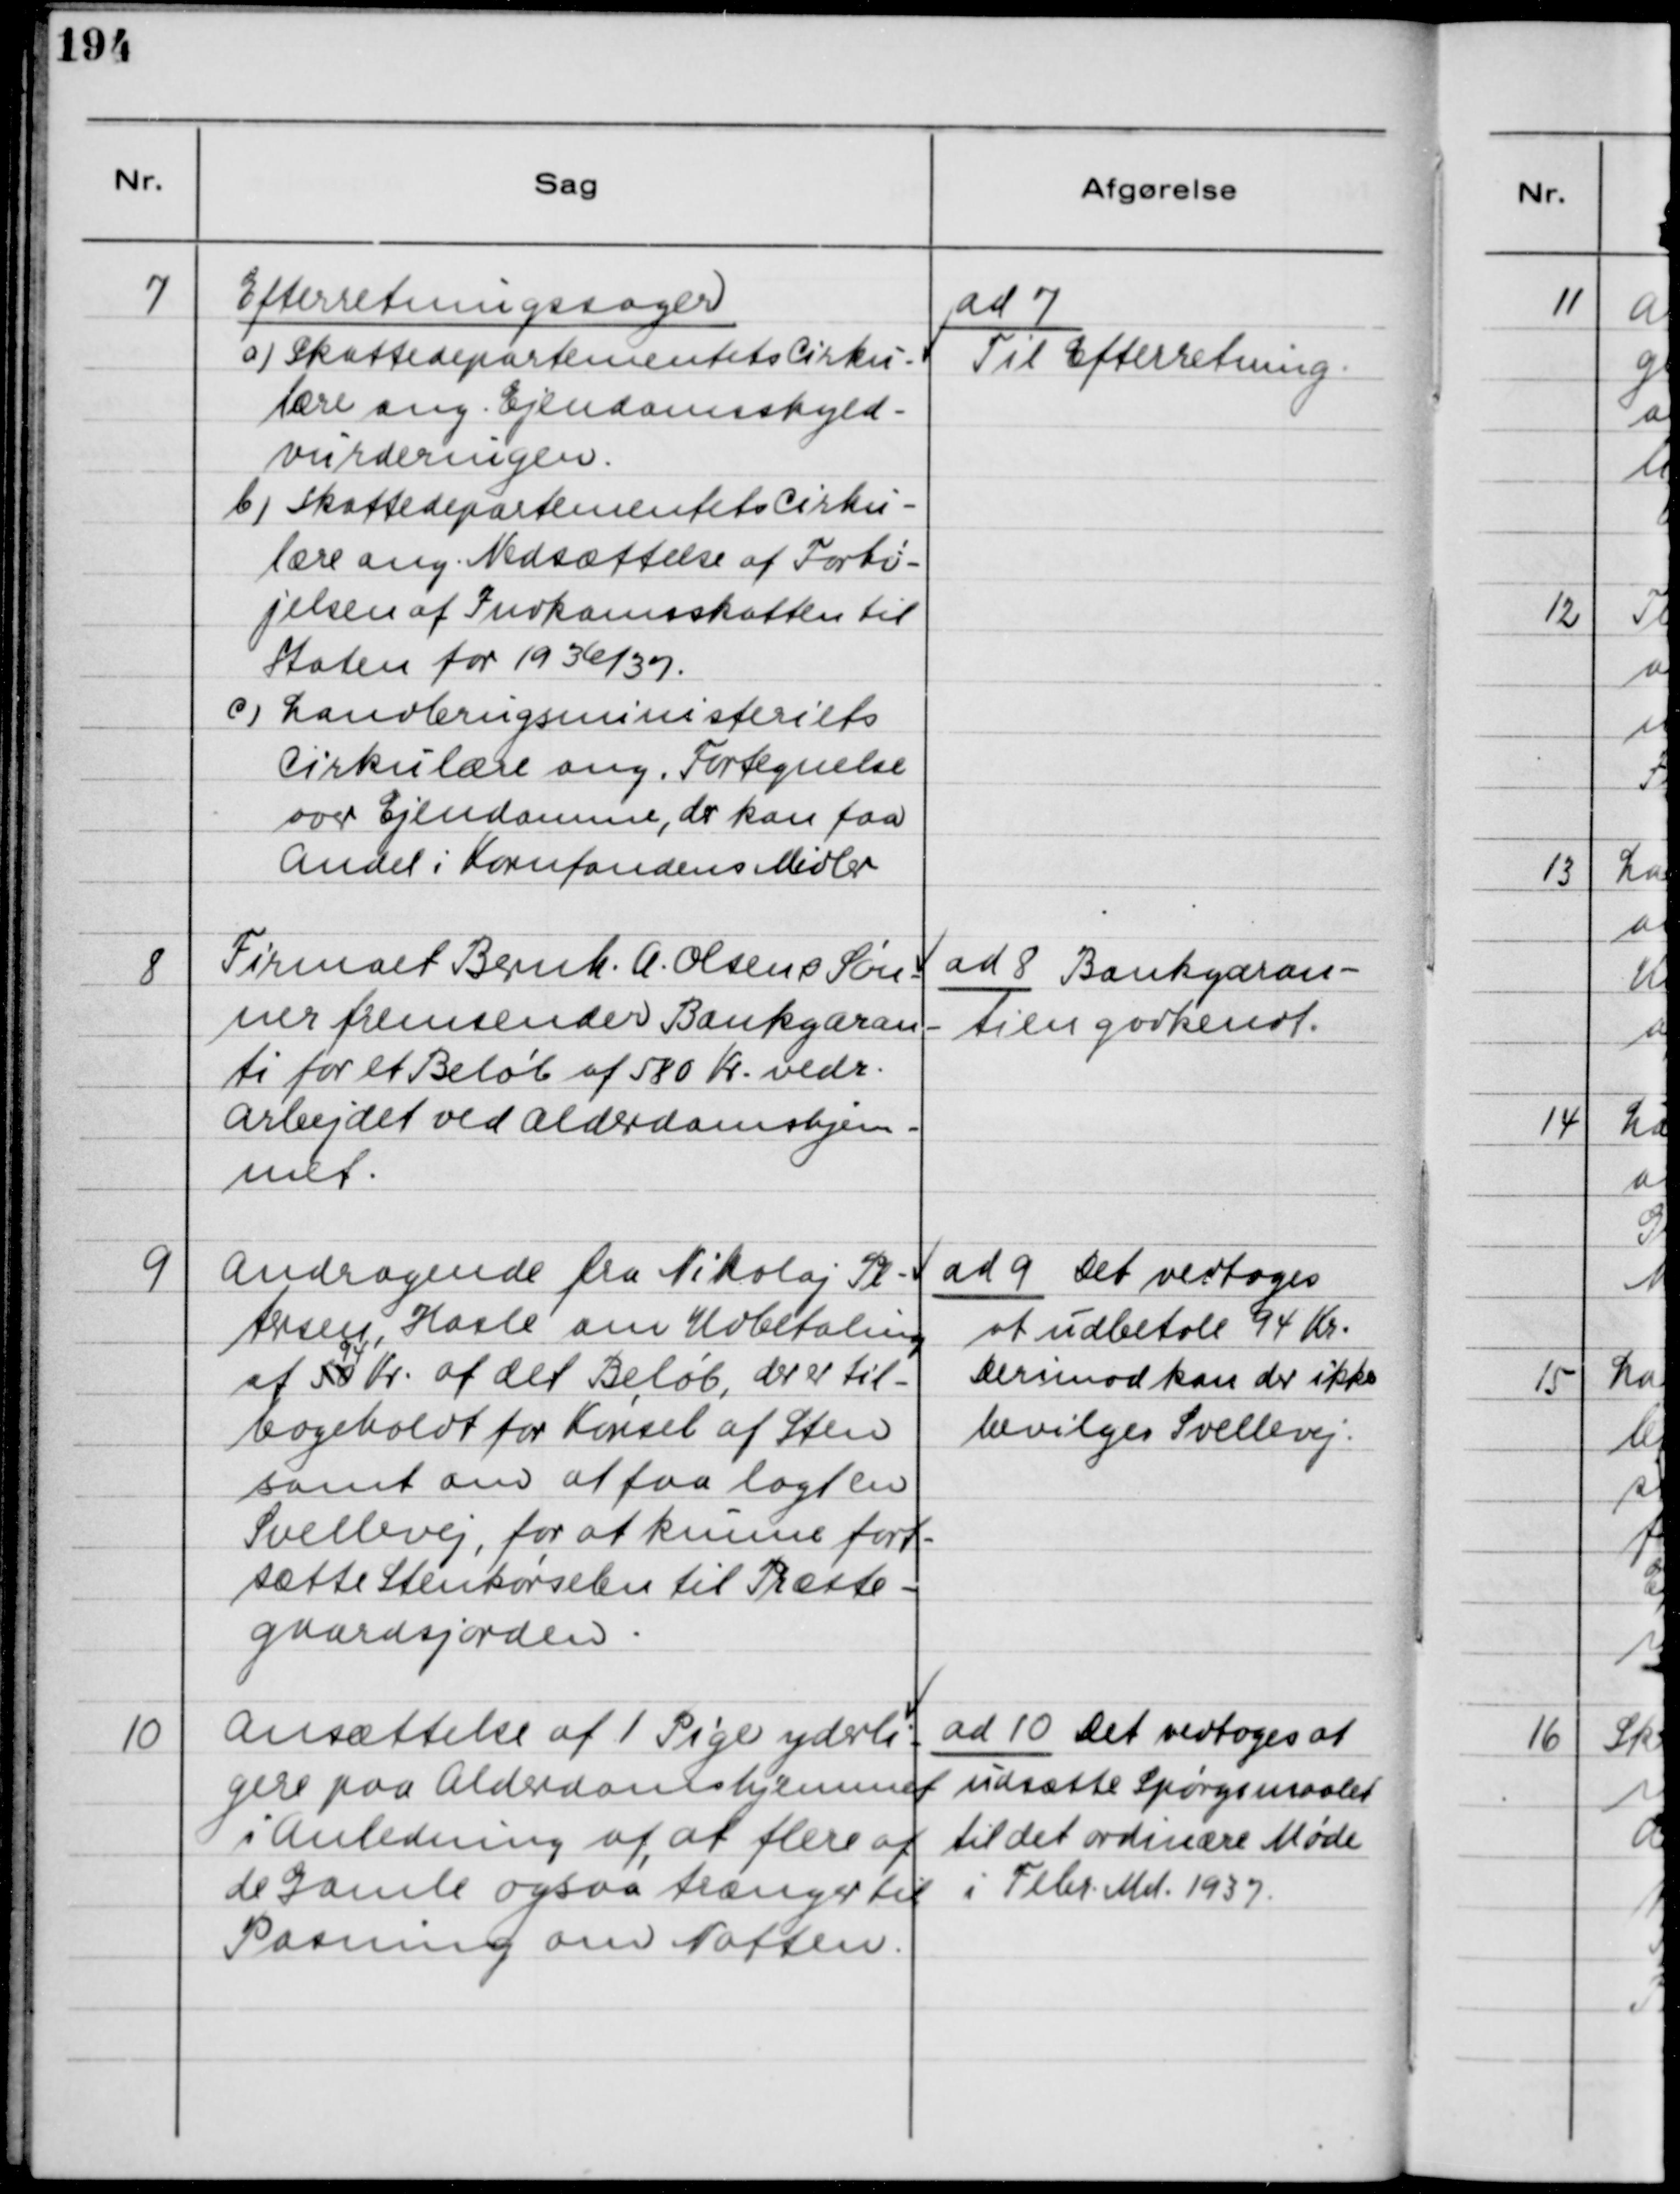
Transskription:
7
Efterretningssager
a) Skattedepartementets Cirku-
lære ang. Ejendomsskyld-
vurderingen.
b) Skattedepartetmentets Cirku-
lære ang. Nedsættelse af Forhø-
jelsen af Indkomstskatten til 
Staten for 1936/37
c) Landbrugsministeriets
Cirkulære ang. Fortegnelse
over Ejendomme, der kan faa
Andel i Kornfondens Midler.
ad 7
Til Efterretning.
8
Firmaet Bernh. A. Olsen & Søn-
ner fremsender Bankgaran-
ti for et Beløb af 580 Kr. vedr.
Arbejdet ved Alderdomshjem-
met.
ad 8 Bankgaran-
tien godkendt.
9
Andragende fra Nikolaj Pe-
tersen, Hasle om Udbetaling
af 50
94
Kr. af det Beløb, der er til-
bageholdt for Kørsel af Sten
samt om at faa lagt en
Svellevej for et kunne fort-
sætte Stenkørselen til Præste-
gaardsjorden.
ad 9 Det vedtoges
at udbetale 94 Kr.
Derimod kan der ikke
bevilges Svellevej.
10
Ansættelse af 1 Pige yderli-
gere paa Alderdomshjemmet
i Anledning af, at flere af
de Gamle ogsaa trænger til
Pasning om Natten.
ad 10 Det vedtoges at
udsætte Spørgsmaalet
til det ordinære Møde
i Febr. Md. 1937.